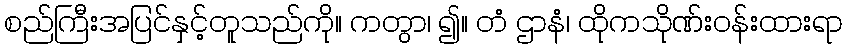
စည်ကြီးအပြင်နှင့်တူသည်ကို။ ကတွာ၊ ၍။ တံ ဌာနံ၊ ထိုကသိုဏ်းဝန်းထားရာ